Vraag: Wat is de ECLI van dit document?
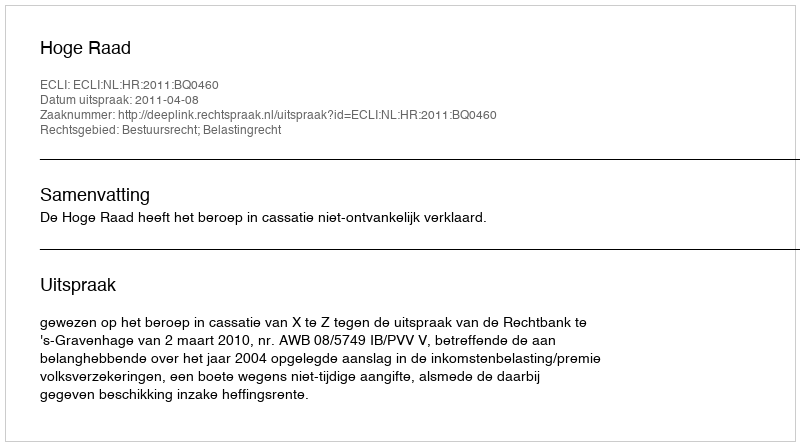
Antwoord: ECLI:NL:HR:2011:BQ0460